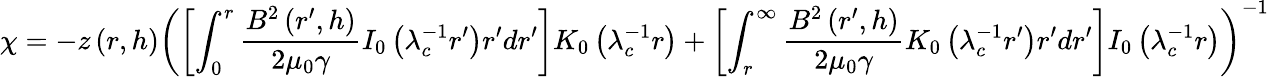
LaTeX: \chi=-z\left(r,h\right)\left(\left[\int_{0}^{r}\frac{B^{2}\left(r^{\prime},h\right)}{2\mu_{0}\gamma}I_{0}\left(\lambda_{c}^{-1}r^{\prime}\right)r^{\prime}dr^{\prime}\right]K_{0}\left(\lambda_{c}^{-1}r\right)+\left[\int_{r}^{\infty}\frac{B^{2}\left(r^{\prime},h\right)}{2\mu_{0}\gamma}K_{0}\left(\lambda_{c}^{-1}r^{\prime}\right)r^{\prime}dr^{\prime}\right]I_{0}\left(\lambda_{c}^{-1}r\right)\right)^{-1}